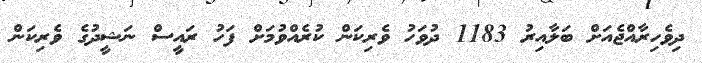
ދިވެހިރާއްޖެއަށް ބަލާއިރު 1183 ދުވަހު ވެރިކަން ކުރެއްވުމަށް ފަހު ރައީސް ނަޝީދުގެ ވެރިކަން